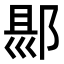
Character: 𨜇